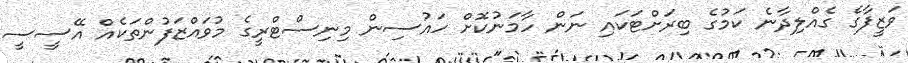
ވަޒީފާގެ ގެއްލިދާނެ ކަމުގެ ބިރަށްޓަކައި ނަން ހާމަނުކޮށް ހައުސިން މިނިސްޓްރީގެ މުވައްޒަފުންތަކެއް އޭސީސީ